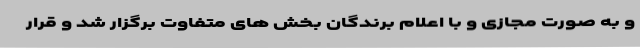
و به صورت مجازی و با اعلام برندگان بخش های متفاوت برگزار شد و قرار